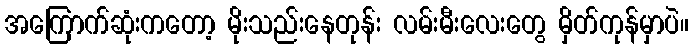
အကြောက်ဆုံးကတော့ မိုးသည်းနေတုန်း လမ်းမီးလေးတွေ မှိတ်ကုန်မှာပဲ။